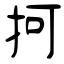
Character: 抲